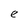
Character: e